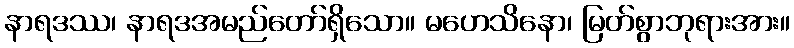
နာရဒဿ၊ နာရဒအမည်တော်ရှိသော။ မဟေသိနော၊ မြတ်စွာဘုရားအား။